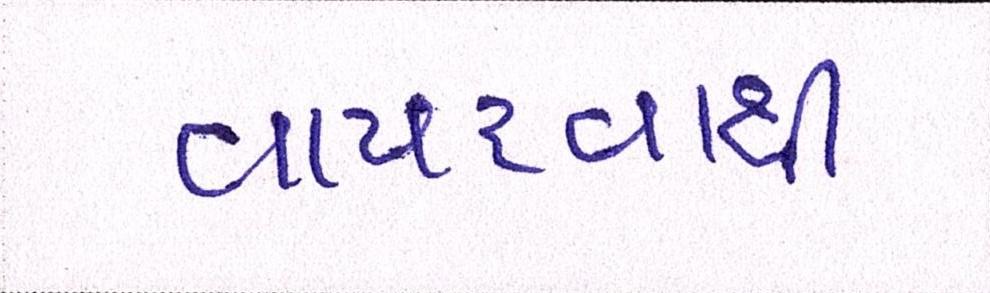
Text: વાપરવાથી